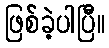
ဖြစ်ခဲ့ပါပြီ။